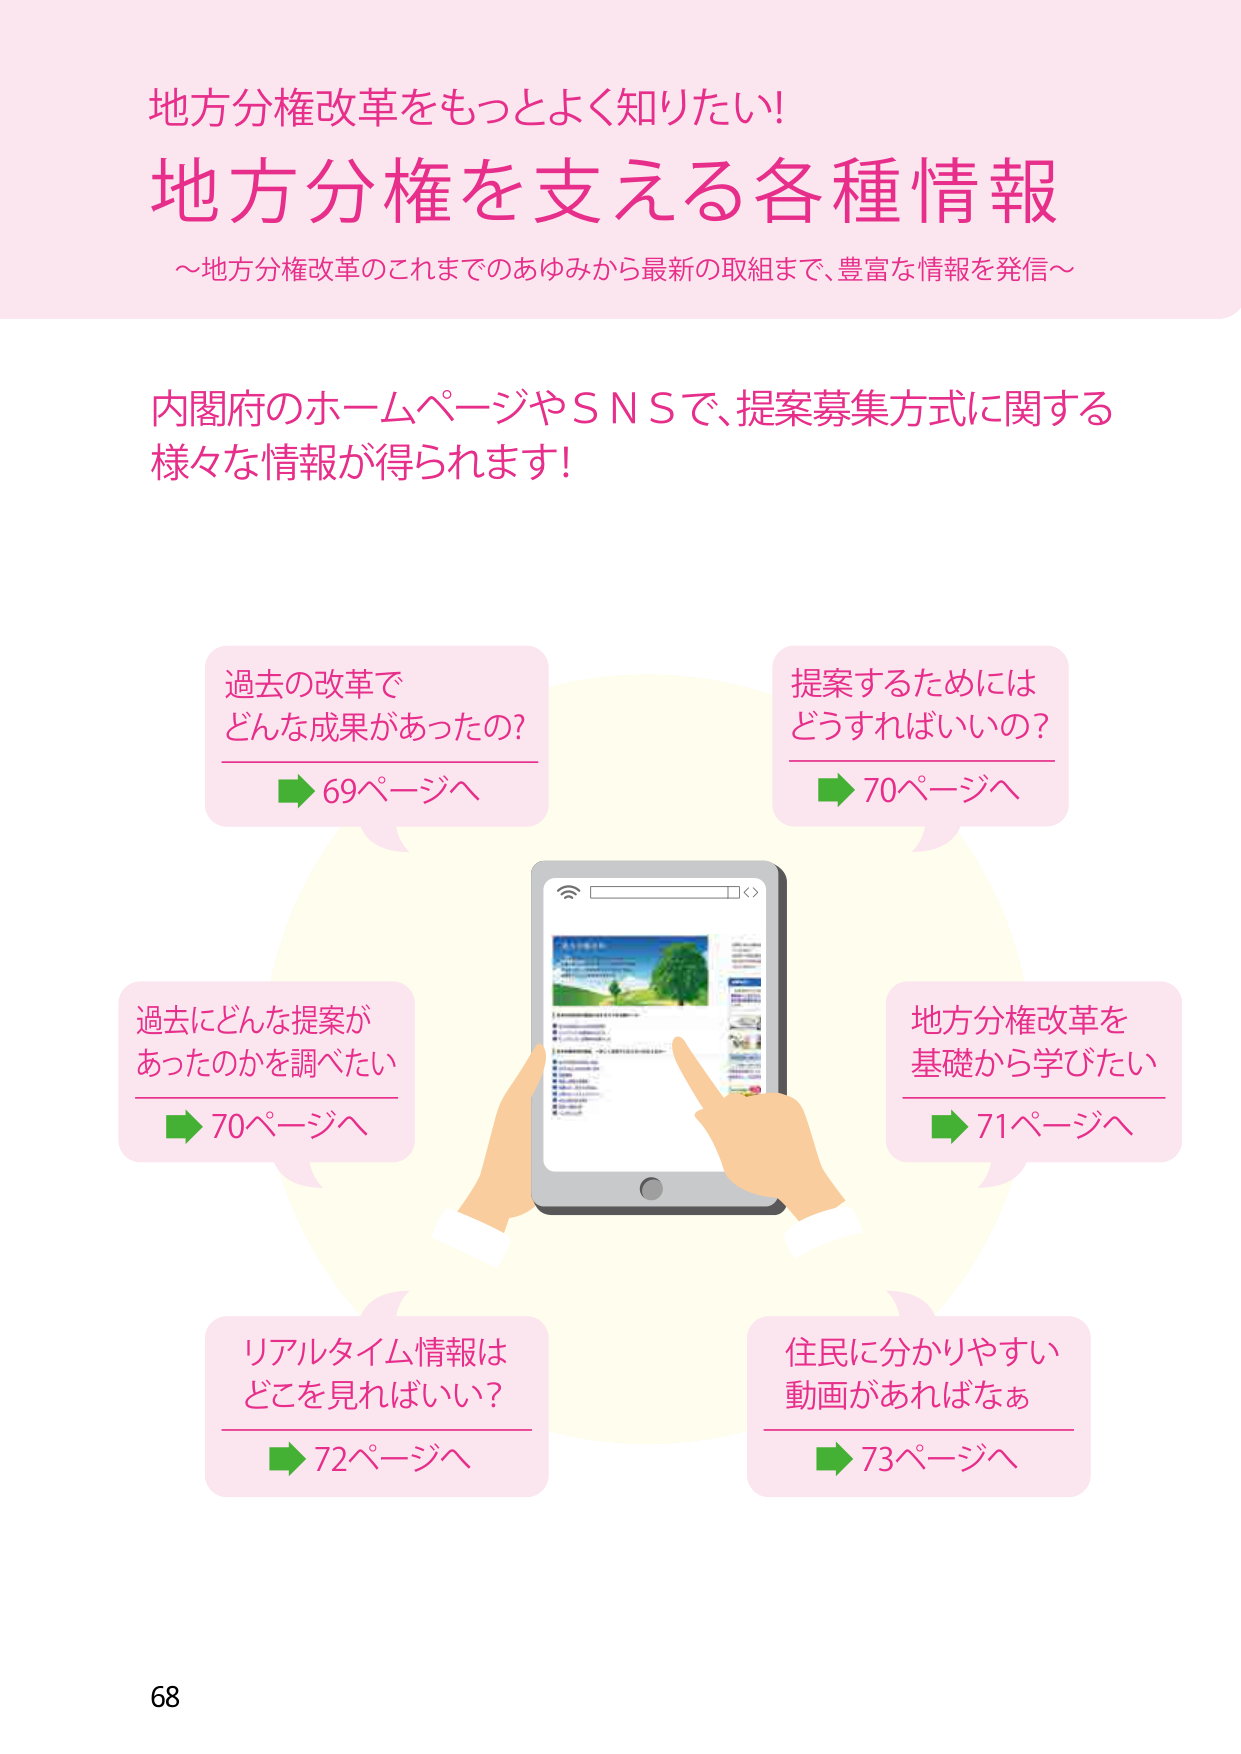
地方分権改革をもっとよく知りたい！
地方分権を支える各種情報
～地方分権改革のこれまでのあゆみから最新の取組まで、豊富な情報を発信～

内閣府のホームページやSNSで、提案募集方式に関する
様々な情報が得られます！

過去の改革で
どんな成果があったの？
→ 69ページへ

提案するためには
どうすればいいの？
→ 70ページへ

過去にどんな提案が
あったのかを調べたい
→ 70ページへ

地方分権改革を
基礎から学びたい
→ 71ページへ

リアルタイム情報は
どこを見ればいい？
→ 72ページへ

住民に分かりやすい
動画があればなぁ
→ 73ページへ

68